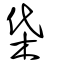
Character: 柋